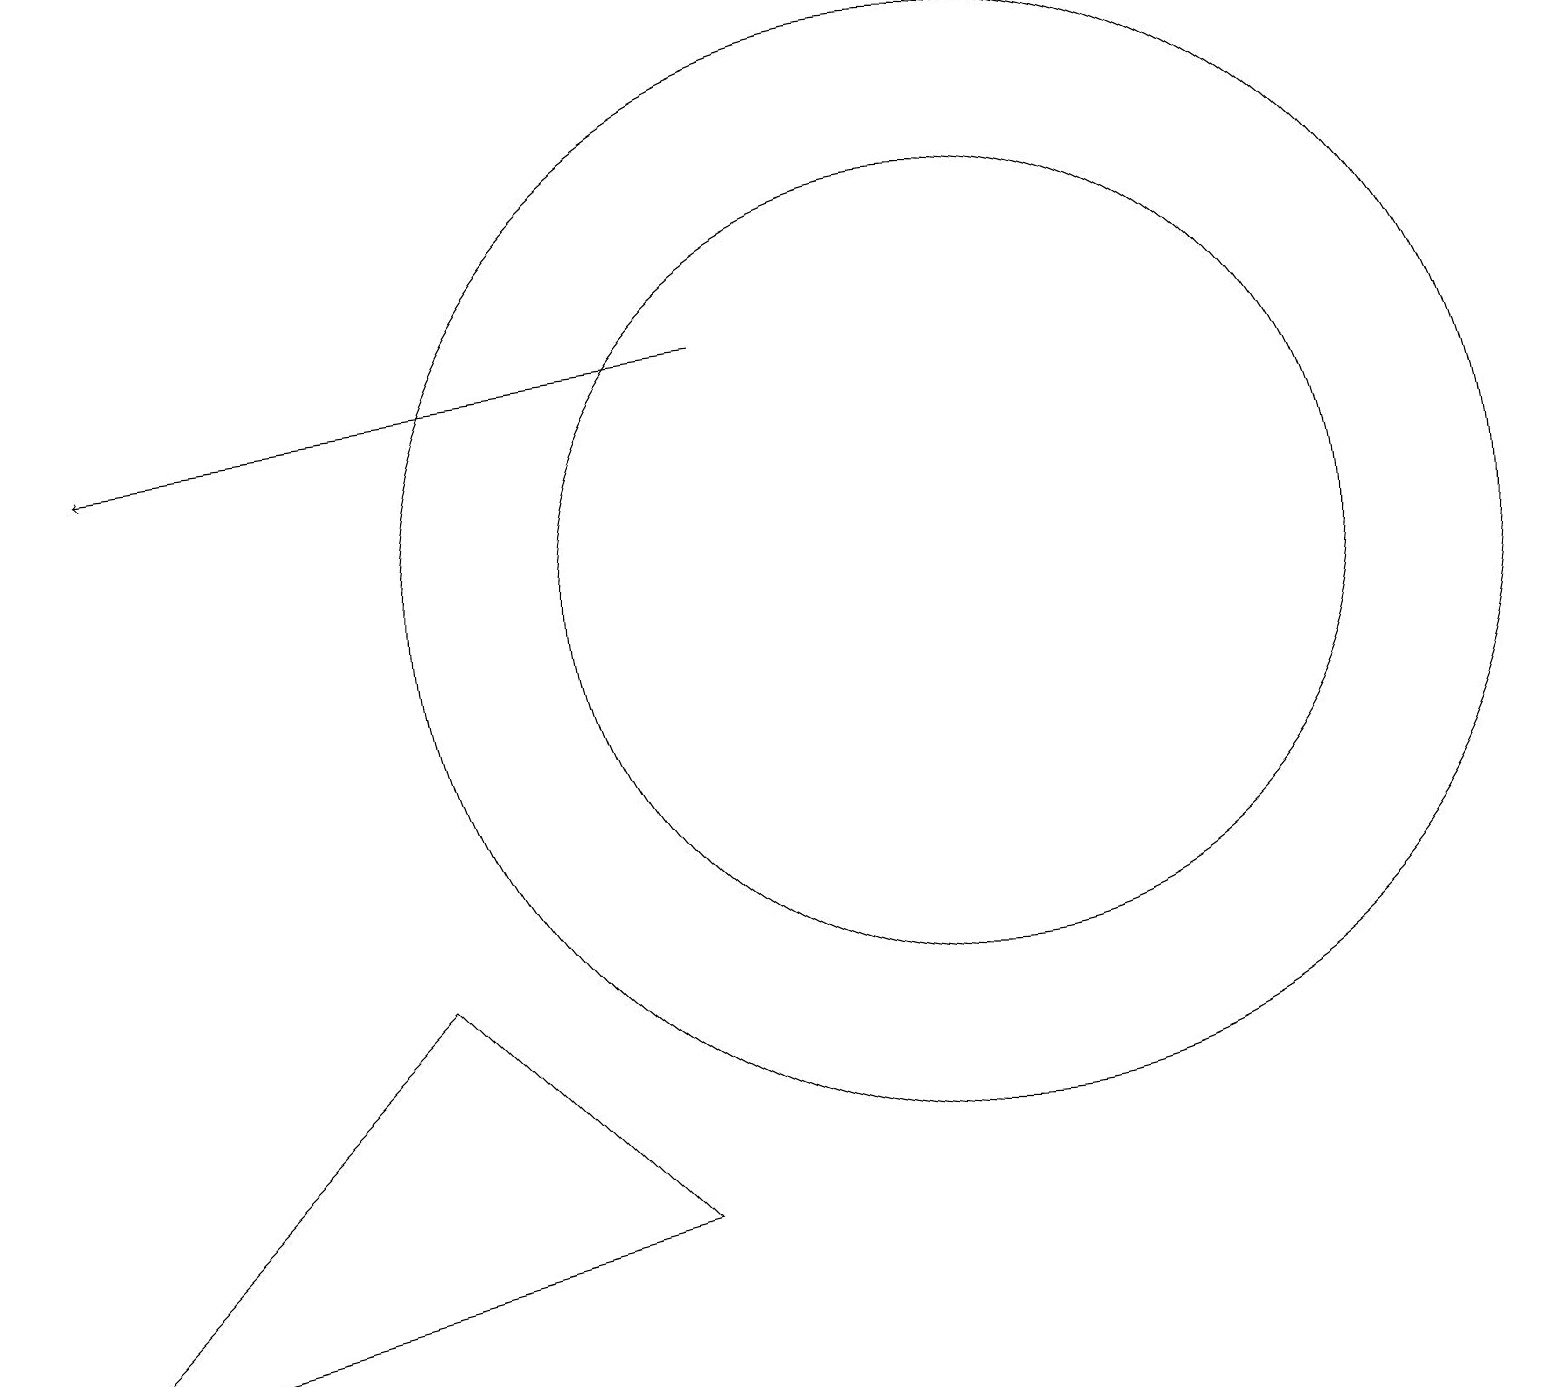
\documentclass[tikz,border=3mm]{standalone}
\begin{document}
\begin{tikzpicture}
\draw[->] (9,14) -- (1,13);
\draw (12,11) circle (5);
\draw (12,11) circle (7);
\draw (8,3) -- (5,6) -- (0,1) -- cycle;
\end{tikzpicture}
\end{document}